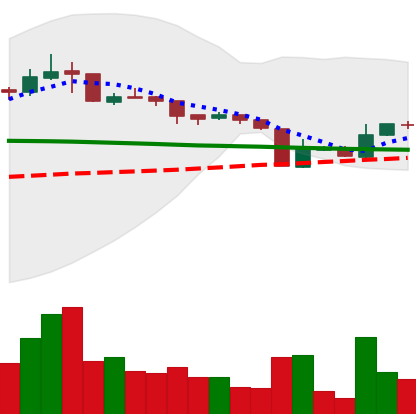
Ticker: XRP-USD
Chart end date: 2018-10-17
Forward return: -3.223%
Label: down_3_5